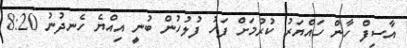
އާސިފް ހާން ހައްޔަރު ކުރުމަށް ފަހު ފުލުހުން ބުނީ އިއްޔެ ހެނދުނު 8:20